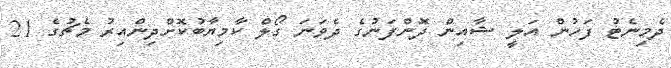
ދެމިނެޓު ފަހުުން އަލީ ޝާއިން ދޮންފަނުގެ ދެވަނަ ގޯލް ކާމިޔާބުކޮށްދިންއިރު މެޗުގެ 21